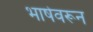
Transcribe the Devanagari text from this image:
भाषेवरून